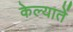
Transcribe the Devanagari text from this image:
केल्यातें